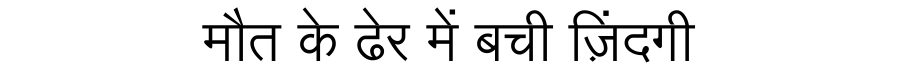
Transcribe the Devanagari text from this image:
मौत के ढेर में बची ज़िंदगी